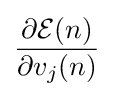
{\frac {\partial {\mathcal {E}}(n)}{\partial v_{j}(n)}}